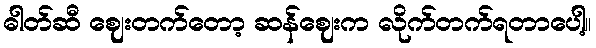
ဓါတ်ဆီ ဈေးတက်တော့ ဆန်ဈေးက လိုက်တက်ရတာပေါ့။